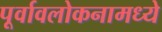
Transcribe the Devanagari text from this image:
पूर्वावलोकनामध्ये